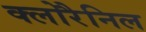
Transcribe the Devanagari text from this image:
क्लोरैनिल